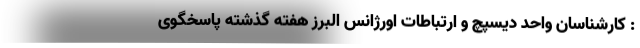
: کارشناسان واحد دیسپچ و ارتباطات اورژانس البرز هفته گذشته پاسخگوی